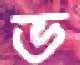
ভ